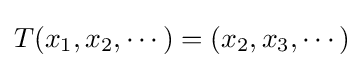
T(x_{1},x_{2},\cdots )=(x_{2},x_{3},\cdots )